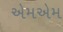
એમએમ